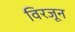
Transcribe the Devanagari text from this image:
विरजून